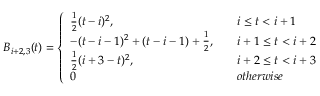
B _ { i + 2 , 3 } ( t ) = \left\{ \begin{array} { l l } { \frac { 1 } { 2 } ( t - i ) ^ { 2 } , \quad } & { i \leq t < i + 1 } \\ { - ( t - i - 1 ) ^ { 2 } + ( t - i - 1 ) + \frac { 1 } { 2 } , \quad } & { i + 1 \leq t < i + 2 } \\ { \frac { 1 } { 2 } ( i + 3 - t ) ^ { 2 } , \quad } & { i + 2 \leq t < i + 3 } \\ { 0 \quad } & { o t h e r w i s e } \end{array} \right.